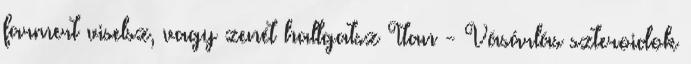
farmert viselsz, vagy zenét hallgatsz Itan - Vásárlás szteroidok